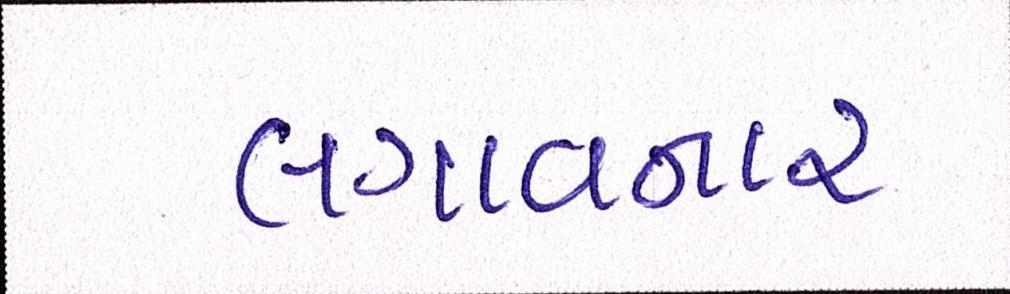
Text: લગાવનાર